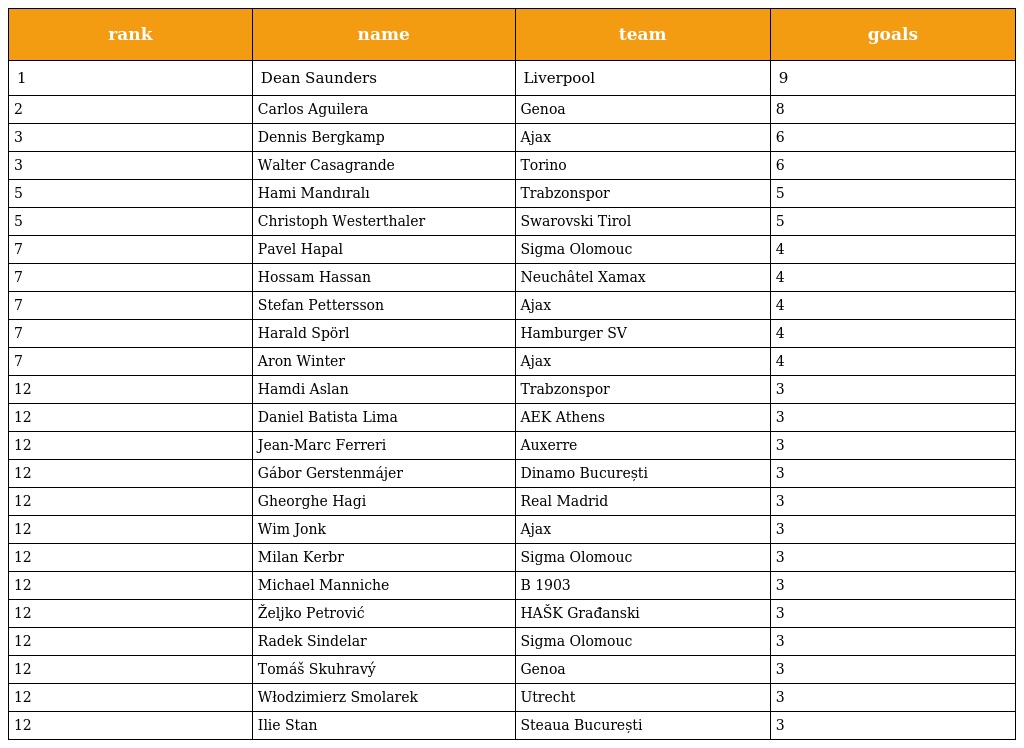
| rank | name | team | goals |
 | --- | --- | --- | --- |
 | 1 | Dean Saunders | Liverpool | 9 |
 | 2 | Carlos Aguilera | Genoa | 8 |
 | 3 | Dennis Bergkamp | Ajax | 6 |
 | 3 | Walter Casagrande | Torino | 6 |
 | 5 | Hami Mandıralı | Trabzonspor | 5 |
 | 5 | Christoph Westerthaler | Swarovski Tirol | 5 |
 | 7 | Pavel Hapal | Sigma Olomouc | 4 |
 | 7 | Hossam Hassan | Neuchâtel Xamax | 4 |
 | 7 | Stefan Pettersson | Ajax | 4 |
 | 7 | Harald Spörl | Hamburger SV | 4 |
 | 7 | Aron Winter | Ajax | 4 |
 | 12 | Hamdi Aslan | Trabzonspor | 3 |
 | 12 | Daniel Batista Lima | AEK Athens | 3 |
 | 12 | Jean-Marc Ferreri | Auxerre | 3 |
 | 12 | Gábor Gerstenmájer | Dinamo București | 3 |
 | 12 | Gheorghe Hagi | Real Madrid | 3 |
 | 12 | Wim Jonk | Ajax | 3 |
 | 12 | Milan Kerbr | Sigma Olomouc | 3 |
 | 12 | Michael Manniche | B 1903 | 3 |
 | 12 | Željko Petrović | HAŠK Građanski | 3 |
 | 12 | Radek Sindelar | Sigma Olomouc | 3 |
 | 12 | Tomáš Skuhravý | Genoa | 3 |
 | 12 | Włodzimierz Smolarek | Utrecht | 3 |
 | 12 | Ilie Stan | Steaua București | 3 |